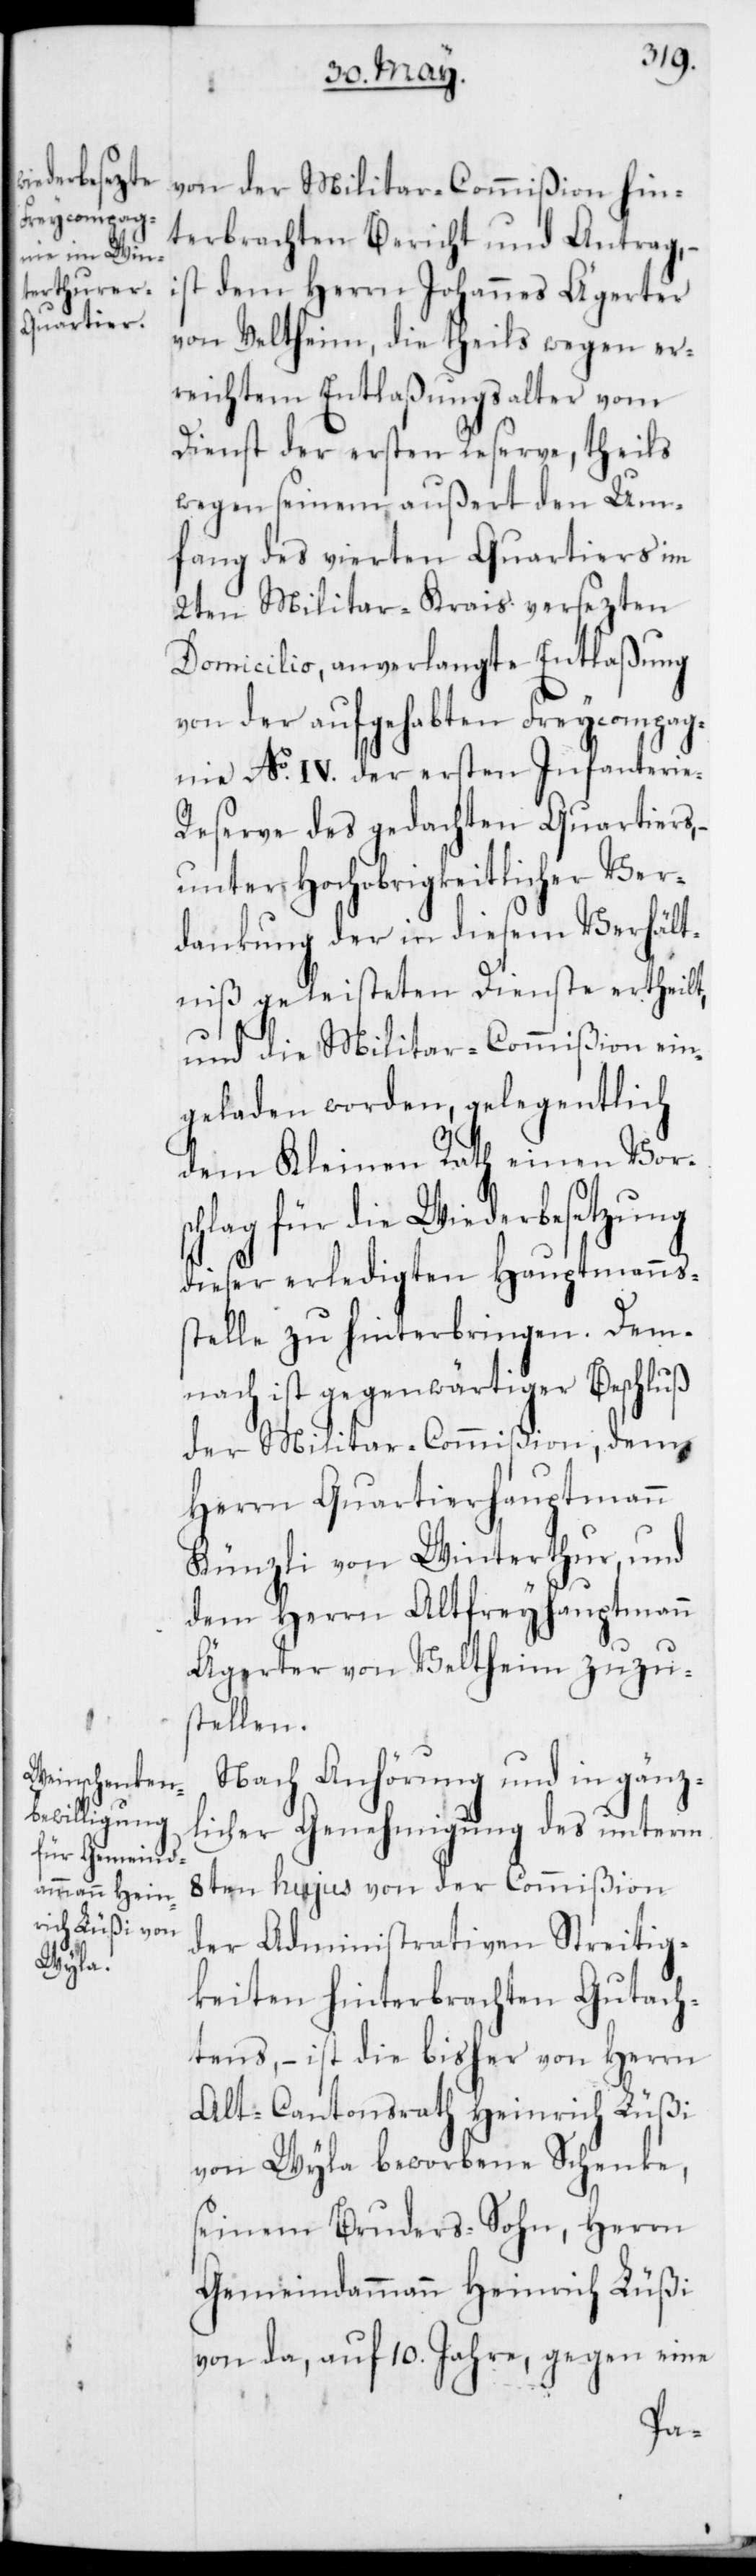
von der Militar-Commißion hin¬
terbrachten Bericht und Antrag,
ist dem Herrn Johannes Ägerter
von Veltheim, die theils wegen er¬
reichtem Entlaßungsalter vom
Dienst der ersten Reserve, theils
wegen seinem außert den Um¬
fang des vierten Quartiers im
2ten Militar-Krais versezten
Domicilio, anverlangte Entlaßung
von der aufgehabten Freycompag¬
nie No IV. der ersten Infanterie-R¬
eserve des gedachten Quartiers,
unter Hochobrigkeitlicher Ver¬
dankung der in diesem Verhält¬
niß geleisteten Dienste ertheilt,
und die Militar-Commißion ein¬
geladen worden, gelegentlich
dem Kleinen Rath einen Vors¬
chlag für die Wiederbesetzung
dieser erledigten Hauptmanns¬
stelle zu hinterbringen. Dem¬
nach ist gegenwärtiger Beschluß
der Militar-Commißion, dem
tmann
Herrn Quartierhaup¬
Künzli von Winterthur, und
dem Herrn Altfreyhauptmann
Ägerter von Veltheim zuzu¬
stellen.
Nach Anhörung und in gänz¬
licher Genehmigung des unterm
8ten hujus von der Commißion
der Administrativen Streitig¬
keiten hinterbrachten Gutach¬
tens, – ist die bisher von Herrn
Alt-Cantonsrath Heinrich Lüßi
von Wyla beworbene Schenke,
seinem Bruders-Sohn, Herrn
Gemeindammann Heinrich Lüßi
von da, auf 10. Jahre, gegen eine